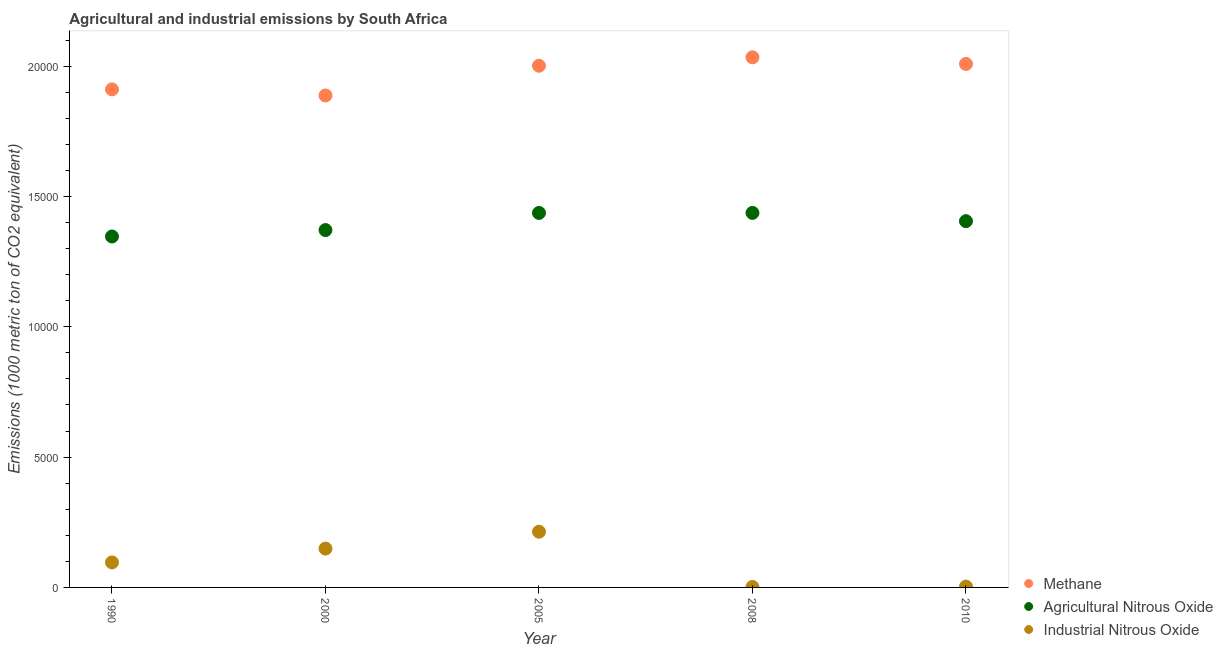
| Year | Methane | Agricultural Nitrous Oxide | Industrial Nitrous Oxide |
 | --- | --- | --- | --- |
 | 1990 | 1.91e+04 | 1.35e+04 | 960 |
 | 2000 | 1.89e+04 | 1.37e+04 | 1.49e+03 |
 | 2005 | 2e+04 | 1.44e+04 | 2.14e+03 |
 | 2008 | 2.03e+04 | 1.44e+04 | 17.9 |
 | 2010 | 2.01e+04 | 1.41e+04 | 31.7 |